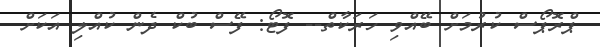
ޕްރޮޕޯސް ކުރުމަށް ބޭއްވި ހަރަކާތް-- ފޮޓޯ: ފޭސް ބުކް ދެން ކުއްލި އަކަށް